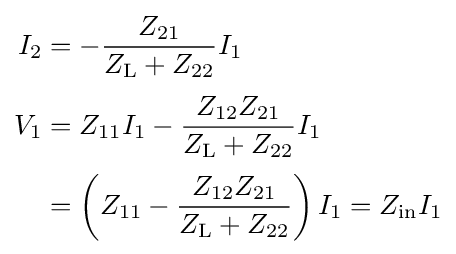
{\begin{aligned}I_{2}&=-{\frac {Z_{21}}{Z_{\mathrm {L} }+Z_{22}}}I_{1}\\[3pt]V_{1}&=Z_{11}I_{1}-{\frac {Z_{12}Z_{21}}{Z_{\mathrm {L} }+Z_{22}}}I_{1}\\[2pt]&=\left(Z_{11}-{\frac {Z_{12}Z_{21}}{Z_{\mathrm {L} }+Z_{22}}}\right)I_{1}=Z_{\text{in}}I_{1}\end{aligned}}